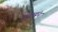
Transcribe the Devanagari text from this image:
कुरासंन